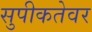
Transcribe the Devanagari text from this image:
सुपीकतेवर